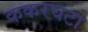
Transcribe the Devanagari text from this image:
ककरघटा